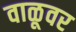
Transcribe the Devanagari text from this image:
वाळूवर